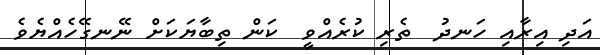
އަދި އިރާއި ހަނދު  ތެރި ކުރެއްވީ  ކަން ތިބާޔަކަށް ނޭނގޭހެއްޔެވެ